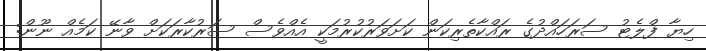
ހިޔާ ފްލެޓު ސަރަހައްދުގެ ރައްކާތެރިކަން ކަށަވަރުކުރުމަކީ އެއްވެސް ސަރުކާރަކަށް ވާނޭ ކަމެއް ނޫން: